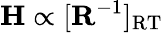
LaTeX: \mathbf{H}\propto[\mathbf{R}^{-1}]_{\mathrm{RT}}